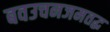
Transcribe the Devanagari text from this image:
बवउचनजमतद्ध